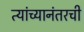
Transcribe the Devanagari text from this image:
त्यांच्यानंतरची